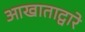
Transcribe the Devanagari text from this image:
आखाताद्वारे